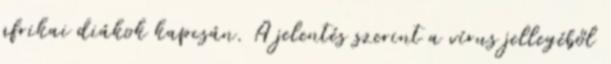
afrikai diákok kapcsán. A jelentés szerint a vírus jellegéből